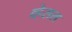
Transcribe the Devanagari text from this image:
व्हेसल